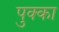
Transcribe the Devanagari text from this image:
पुक्का